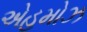
એહમોઝ